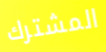
المشترك